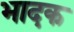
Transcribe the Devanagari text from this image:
भादक